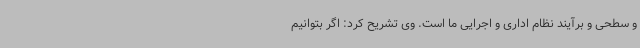
و سطحی و برآیند نظام اداری و اجرایی ما است. وی تشریح کرد: اگر بتوانیم